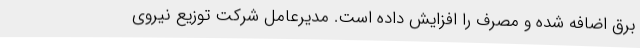
برق اضافه شده و مصرف را افزایش داده است. مدیرعامل شرکت توزیع نیروی